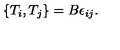
\{ T _ { i } , T _ { j } \} = B \epsilon _ { i j } .